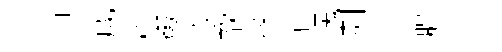
抑成松學泠歆篠輔塊剞訃腸